Scientific memoirs by medical officers of the Army of India - Part XII,
Year: 1901
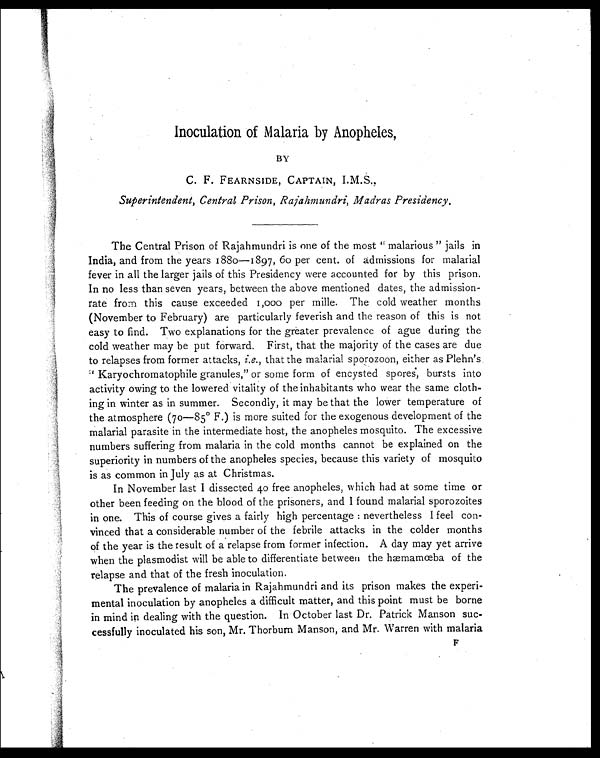
Inoculation of Malaria by Anopheles ,
BY
C. F. FEARNSIDE, CAPTAIN, I.M.S.,
Superintendent, Central Prison, Rajahmundri, Madras Presidency.
The Central Prison of Rajahmundri is one of the most " malarious " jails in
India, and from the years 1880—1897, 60 per cent. of admissions for malarial
fever in all the larger jails of this Presidency were accounted for by this prison.
In no less than seven years, between the above mentioned dates, the admission-
rate from this cause exceeded 1,000 per mille. The cold weather months
(November to February) are particularly feverish and the reason of this is not
easy to find. Two explanations for the greater prevalence of ague during the
cold weather may be put forward. First, that the majority of the cases are due
to relapses from former attacks, i.e., that the malarial sporozoon, either as Plehn's
Karyochromatophile granules," or some form of encysted spores, bursts into
activity owing to the lowered vitality of the inhabitants who wear the same cloth-
ing in winter as in summer. Secondly, it may be that the lower temperature of
the atmosphere (70—85° F.) is more suited for the exogenous development of the
malarial parasite in the intermediate host, the anopheles mosquito. The excessive
numbers suffering from malaria in the cold months cannot be explained on the
superiority in numbers of the anopheles species, because this variety of mosquito
is as common in July as at Christmas.
In November last I dissected 40 free anopheles, which had at some time or
other been feeding on the blood of the prisoners, and I found malarial sporozoites
in one. This of course gives a fairly high percentage : nevertheless I feel con-
vinced that a considerable number of the febrile attacks in the colder months
of the year is the result of a relapse from former infection. A day may yet arrive
when the plasmodist will be able to differentiate between the hæmamœba of the
relapse and that of the fresh inoculation.
The prevalence of malaria in Rajahmundri and its prison makes the experi-
mental inoculation by anopheles a difficult matter, and this point must be borne
in mind in dealing with the question. In October last Dr. Patrick Manson suc-
cessfully inoculated his son, Mr. Thorbum Manson, and Mr. Warren with malaria